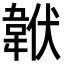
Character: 𩎧